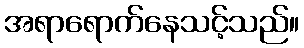
အရာရောက်နေသင့်သည်။